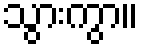
သွားကွာ။